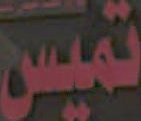
تميس